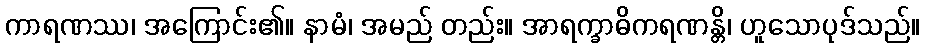
ကာရဏဿ၊ အကြောင်း၏။ နာမံ၊ အမည် တည်း။ အာရက္ခာဓိကရဏန္တိ၊ ဟူသောပုဒ်သည်။